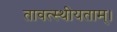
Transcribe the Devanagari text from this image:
तावत्स्थीयताम्।